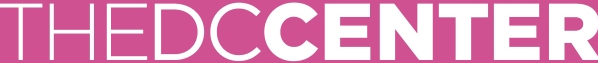
THEDCCENTER